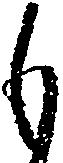
も